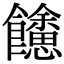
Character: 𩟳